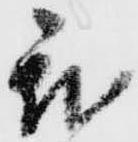
我